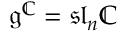
{ \mathfrak { g } } ^ { \mathbb { C } } = { \mathfrak { s l } } _ { n } \mathbb { C }